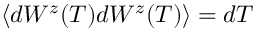
\langle d W ^ { z } ( T ) d W ^ { z } ( T ) \rangle = d T